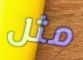
مثل